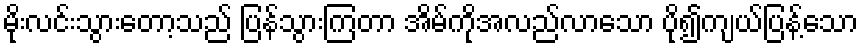
မိုးလင်းသွားတော့သည် ပြန်သွားကြတာ အိမ်ကိုအလည်လာသော ပို၍ကျယ်ပြန့်သော